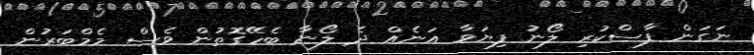
ނަގަން ފާސްކުރި ލޯނު ފިޔަވާ އަނެއް ދެ ލޯނާ ބެހޭގޮތުން ވެސް މެމްބަރުން